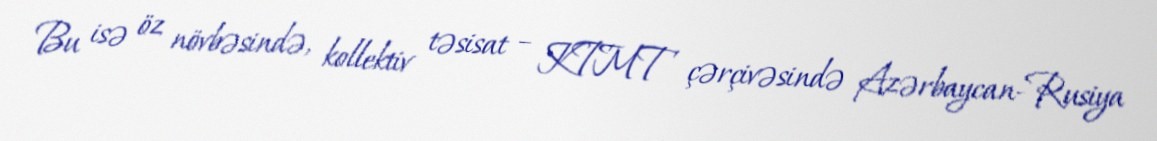
Bu isə öz növbəsində, kollektiv təsisat – KTMT çərçivəsində Azərbaycan-Rusiya